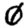
Digit: 0